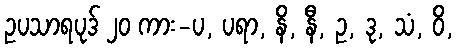
ဥပသာရပုဒ် ၂၀ ကား-ပ, ပရာ, နိ, နီ, ဥ, ဒု, သံ, ဝိ,